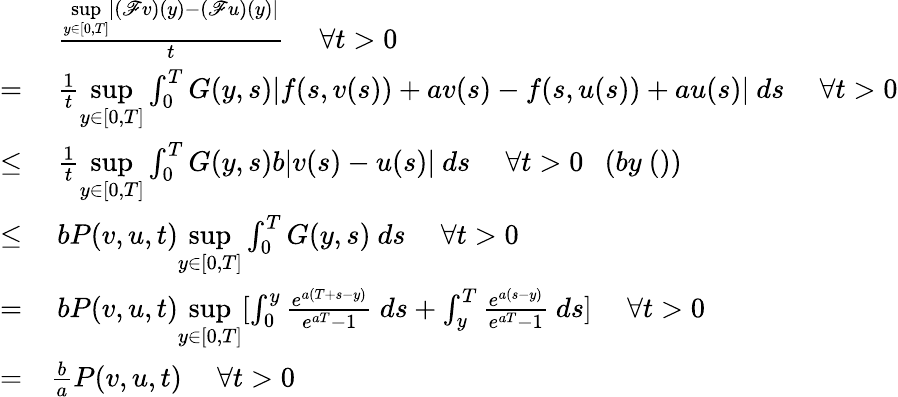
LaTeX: \begin{array}{rl}&{~\frac{{\underset{y\in[0,T]}{\operatorname*{sup}}}|(\mathscr{F}v)(y)-(\mathscr{F}u)(y)|}{t}~~~~~\forall t>0}\\ {=}&{~\frac{1}{t}{\underset{y\in[0,T]}{\operatorname*{sup}}}\int_{0}^{T}G(y,s)|{f(s,v(s))+av(s)}-{f(s,u(s))+au(s)}|~ds~~~~~\forall t>0}\\ {\leq}&{~\frac{1}{t}{\underset{y\in[0,T]}{\operatorname*{sup}}}\int_{0}^{T}G(y,s)b|v(s)-u(s)|~ds~~~~~\forall t>0~~~(by~())}\\ {\leq}&{~bP(v,u,t){\underset{y\in[0,T]}{\operatorname*{sup}}}\int_{0}^{T}G(y,s)~ds~~~~~\forall t>0}\\ {=}&{~bP(v,u,t){\underset{y\in[0,T]}{\operatorname*{sup}}}[\int_{0}^{y}\frac{e^{a(T+s-y)}}{e^{aT}-1}~ds+\int_{y}^{T}\frac{e^{a(s-y)}}{e^{aT}-1}~ds]~~~~~\forall t>0}\\ {=}&{\frac{b}{a}P(v,u,t)~~~~~\forall t>0}\end{array}